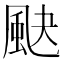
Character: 䫼